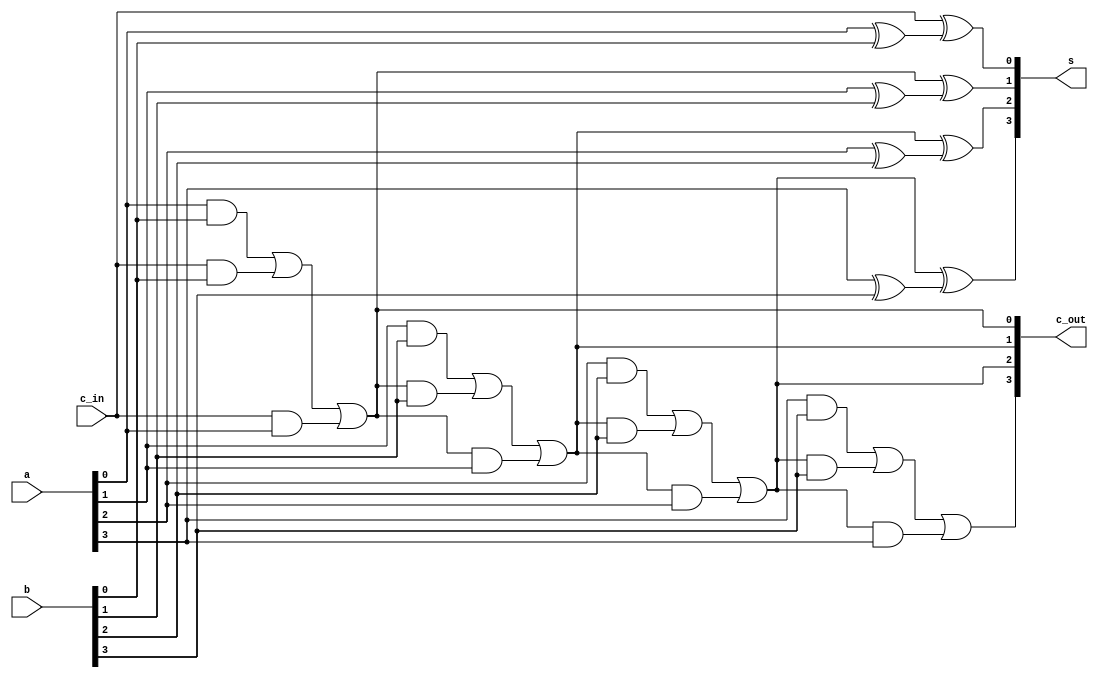
module part1(a, b, c_in, s, c_out);
	input [3:0] a, b;
	input c_in;
	output [3:0] s;
	output [3:0] c_out;
	
	wire c1, c2, c3;
	
	assign s[0] = c_in ^ (a[0]^b[0]);
	assign s[1] = c1 ^ (a[1]^b[1]);
	assign s[2] = c2 ^ (a[2]^b[2]);
	assign s[3] = c3 ^ (a[3]^b[3]);
	
	wire cout;

	assign c1 = a[0]&b[0] | c_in&b[0] | c_in&a[0];
	assign c2 = a[1]&b[1] | c1&b[1] | c1&a[1];
	assign c3 = a[2]&b[2] | c2&b[2] | c2&a[2];
	assign cout = a[3]&b[3] | c3&b[3] | c3&a[3];

	assign c_out = {cout, c3, c2, c1};
	
endmodule


//a -> SW 7-4
//b -> SW 3-0
//cin -> SW 8
// S -> LED 3-0
// cout -> LED 9

module part1test(SW, LEDR);
	input [8:0] SW;
	output [9:0] LEDR;

	wire [3:0] A, B, S, cout;
	assign A = SW[7:4];
	assign B = SW[3:0];
	wire cin;
	assign cin = SW[8];
	
	part1 U1 (.a(A), .b(B), .c_in(cin), .s(S), .c_out(cout));
	assign LEDR[3:0] = S;
	assign LEDR[9:6] = cout;
endmodule